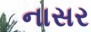
નાસર